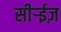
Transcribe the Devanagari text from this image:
सीर्‍ईज़